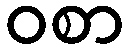
ဝစာ